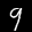
Label: 9